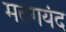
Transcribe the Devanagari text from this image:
मतगयंद